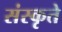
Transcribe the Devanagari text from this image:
संस्कृते